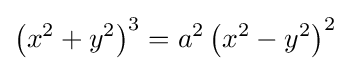
\left(x^{2}+y^{2}\right)^{3}=a^{2}\left(x^{2}-y^{2}\right)^{2}